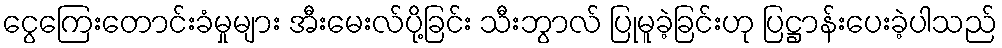
ငွေကြေးတောင်းခံမှုများ အီးမေးလ်ပို့ခြင်း သီးဘွာလ် ပြုမူခဲ့ခြင်းဟု ပြဋ္ဌာန်းပေးခဲ့ပါသည်